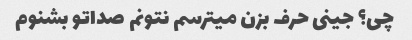
چی؟ جینی حرف بزن میترسم نتونم صداتو بشنوم